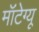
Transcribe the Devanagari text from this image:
मॉंटेग्यू